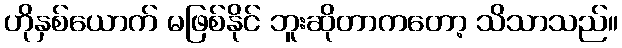
ဟိုနှစ်ယောက် မဖြစ်နိုင် ဘူးဆိုတာကတော့ သိသာသည်။